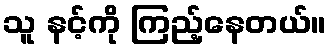
သူ နင့်ကို ကြည့်နေတယ်။